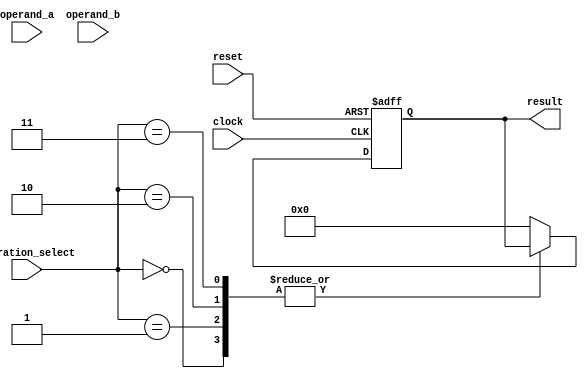
module triple_precision_fpu (
    input wire [63:0] operand_a,
    input wire [63:0] operand_b,
    input wire [2:0] operation_select,
    input wire clock,
    input wire reset,
    output reg [63:0] result
);

reg [63:0] mantissa_a;
reg [10:0] exponent_a;
reg [1:0] sign_a;

reg [63:0] mantissa_b;
reg [10:0] exponent_b;
reg [1:0] sign_b;

reg [63:0] mantissa_result;
reg [10:0] exponent_result;
reg [1:0] sign_result;

always @(posedge clock or posedge reset) begin
    if(reset) begin
        mantissa_result <= 64'b0;
        exponent_result <= 11'b0;
        sign_result <= 2'b0;
    end
    else begin
        case(operation_select)
            3'b000: // Addition
                begin
                    // Add code for addition operation here
                end
            3'b001: // Subtraction
                begin
                    // Add code for subtraction operation here
                end
            3'b010: // Multiplication
                begin
                    // Add code for multiplication operation here
                end
            3'b011: // Division
                begin
                    // Add code for division operation here
                end
            default: // Invalid operation
                begin
                    mantissa_result <= 64'b0;
                    exponent_result <= 11'b0;
                    sign_result <= 2'b0;
                end
        endcase
    end
end

assign result = {sign_result, exponent_result, mantissa_result};

endmodule